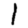
Digit: 1